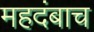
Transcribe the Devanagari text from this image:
महदंबाच